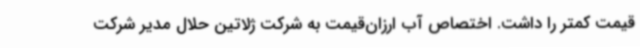
قیمت کمتر را داشت. اختصاص آب ارزان‌قیمت به شرکت ژلاتین حلال مدیر شرکت